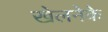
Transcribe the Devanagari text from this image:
खेलनेके